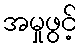
အမှုဖွင့်